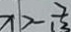
x > - \frac { 7 } { 1 2 }